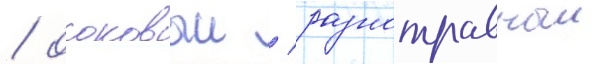
/ осоковыи / разнотравныи